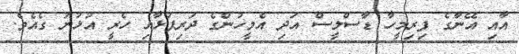
އާއި އޭނާގެ ފިރިމީހާ ޑާސްލީސް އަދި އެމީހުންގެ ދަރިފުޅާއި ހެރީ އުޅުނު ގެއެވެ.